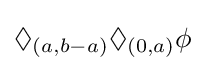
\Diamond _{(a,b-a)}\Diamond _{(0,a)}\phi